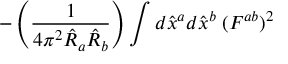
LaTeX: - \left( \frac { 1 } { 4 \pi ^ { 2 } \hat { R } _ { a } \hat { R } _ { b } } \right) \int d \hat { x } ^ { a } d \hat { x } ^ { b } \; ( F ^ { a b } ) ^ { 2 }